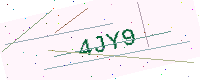
Text: 4JY9